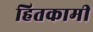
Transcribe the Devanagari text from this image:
हितकामी